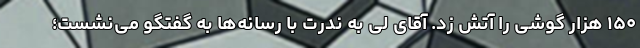
۱۵۰ هزار گوشی را آتش زد. آقای لی به ندرت با رسانه‌ها به گفتگو می‌نشست؛